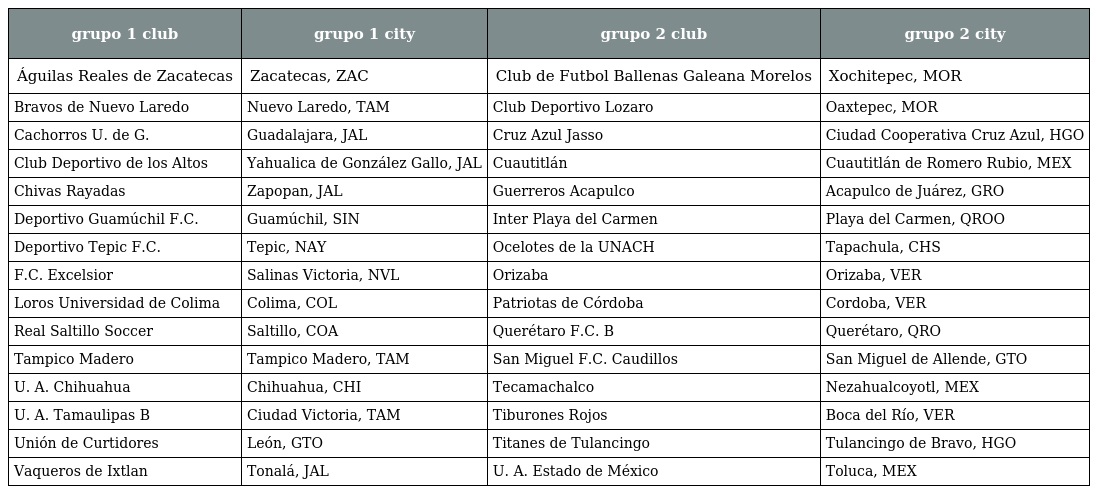
| grupo 1 club | grupo 1 city | grupo 2 club | grupo 2 city |
 | --- | --- | --- | --- |
 | Águilas Reales de Zacatecas | Zacatecas, ZAC | Club de Futbol Ballenas Galeana Morelos | Xochitepec, MOR |
 | Bravos de Nuevo Laredo | Nuevo Laredo, TAM | Club Deportivo Lozaro | Oaxtepec, MOR |
 | Cachorros U. de G. | Guadalajara, JAL | Cruz Azul Jasso | Ciudad Cooperativa Cruz Azul, HGO |
 | Club Deportivo de los Altos | Yahualica de González Gallo, JAL | Cuautitlán | Cuautitlán de Romero Rubio, MEX |
 | Chivas Rayadas | Zapopan, JAL | Guerreros Acapulco | Acapulco de Juárez, GRO |
 | Deportivo Guamúchil F.C. | Guamúchil, SIN | Inter Playa del Carmen | Playa del Carmen, QROO |
 | Deportivo Tepic F.C. | Tepic, NAY | Ocelotes de la UNACH | Tapachula, CHS |
 | F.C. Excelsior | Salinas Victoria, NVL | Orizaba | Orizaba, VER |
 | Loros Universidad de Colima | Colima, COL | Patriotas de Córdoba | Cordoba, VER |
 | Real Saltillo Soccer | Saltillo, COA | Querétaro F.C. B | Querétaro, QRO |
 | Tampico Madero | Tampico Madero, TAM | San Miguel F.C. Caudillos | San Miguel de Allende, GTO |
 | U. A. Chihuahua | Chihuahua, CHI | Tecamachalco | Nezahualcoyotl, MEX |
 | U. A. Tamaulipas B | Ciudad Victoria, TAM | Tiburones Rojos | Boca del Río, VER |
 | Unión de Curtidores | León, GTO | Titanes de Tulancingo | Tulancingo de Bravo, HGO |
 | Vaqueros de Ixtlan | Tonalá, JAL | U. A. Estado de México | Toluca, MEX |